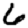
Digit: 6